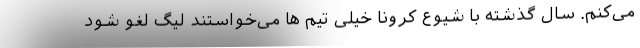
می‌کنم. سال گذشته با شیوع کرونا خیلی تیم ها می‌خواستند لیگ لغو شود